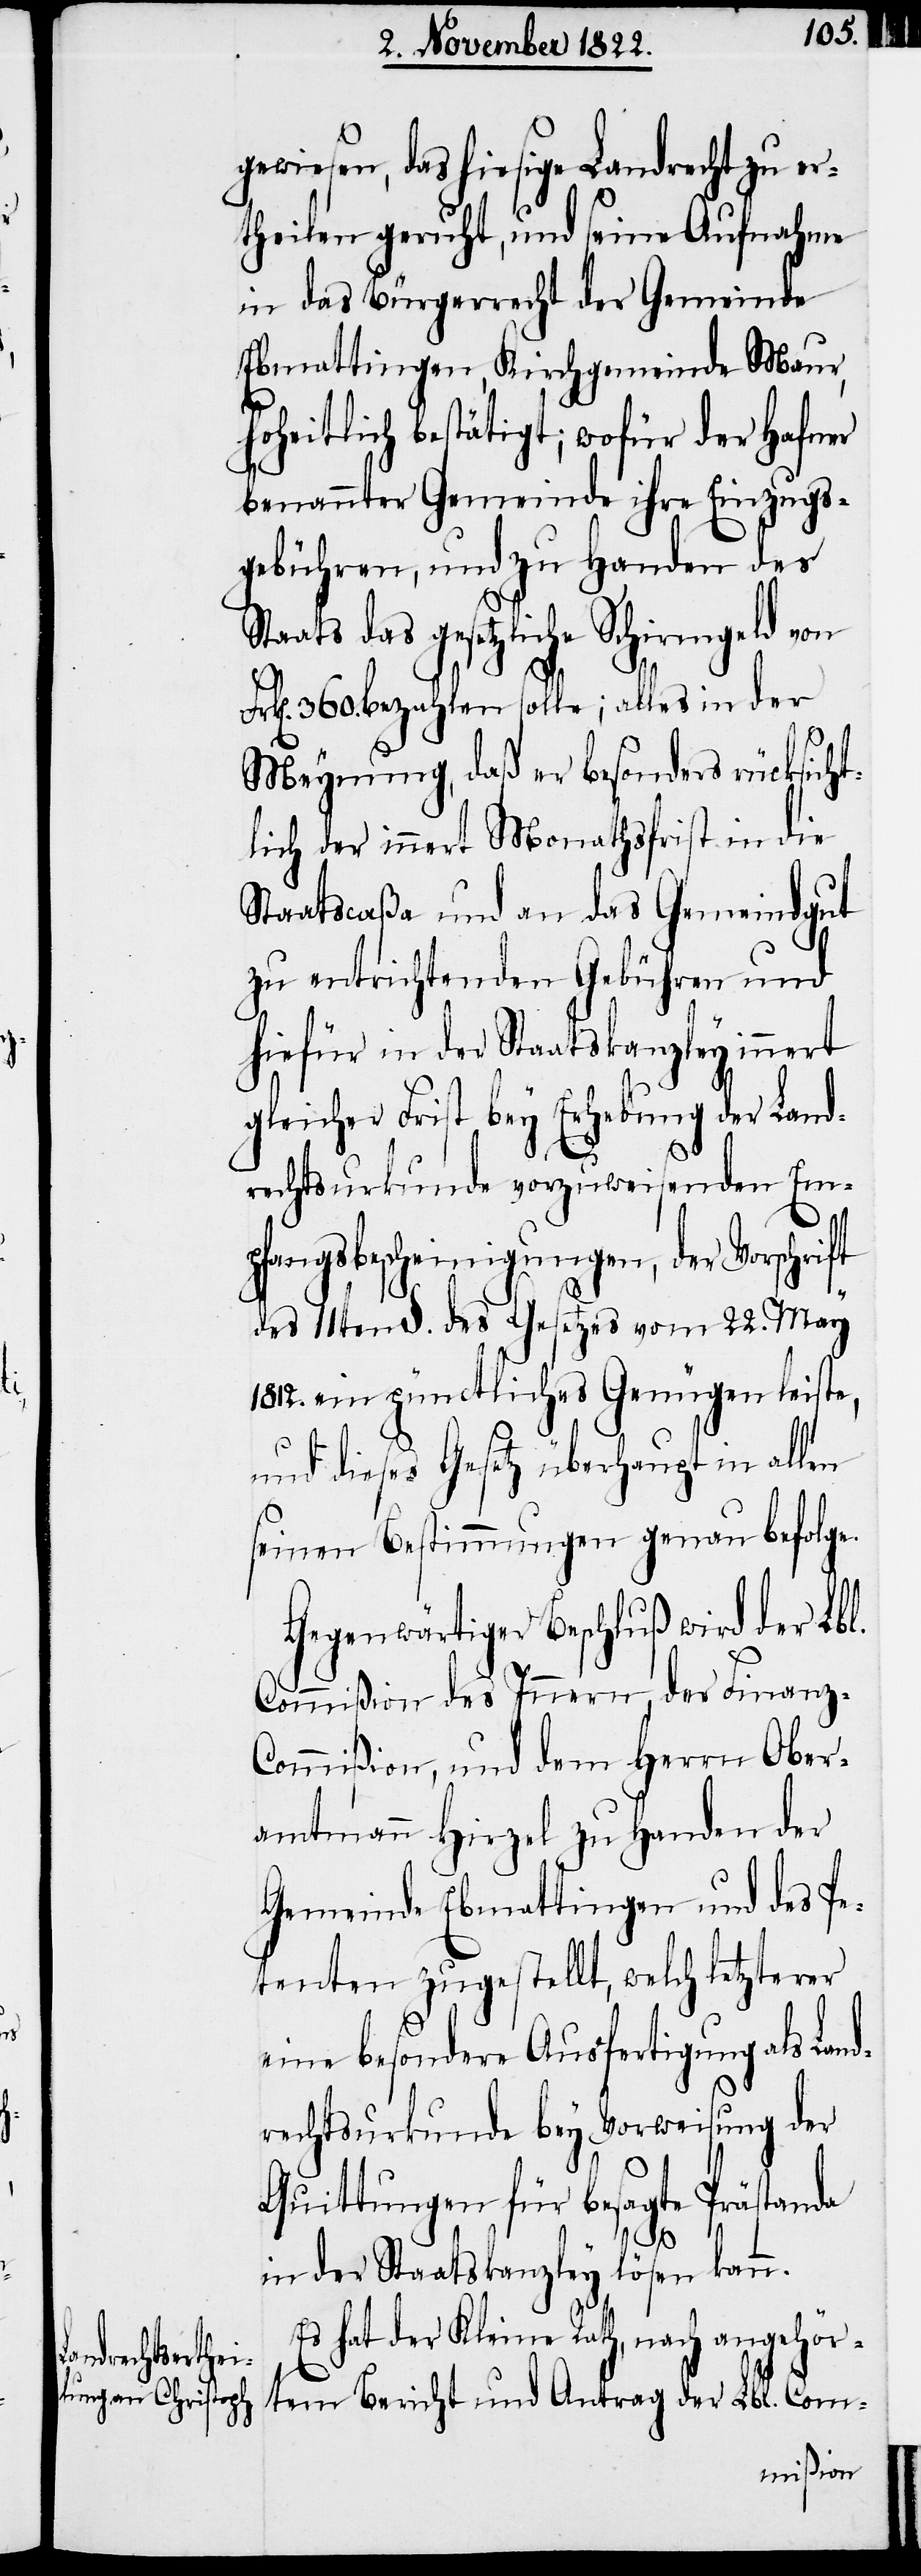
gewiesen, das hiesige Landrecht zu er¬
theilen geruht, und seine Aufnahme
in das Bürgerrecht der Gemeinde
Ebmattingen, Kirchgemeinde Maur,
hoheitlich bestätigt; wofür der Hafner
benannter Gemeinde ihre Einzugs¬
gebühren, und zu Handen des
Staats das gesetzliche Schirmgeld von
k[en]. 360. bezahlen solle; alles in der
Meynung, daß er besonders rücksicht¬
lich der innert Monathsfrist in die
Staatscaßa und an das Gemeindgut
zu entrichtenden Gebühren und
hiefür in der Staatskanzley innert
gleicher Frist bey Erhebung der Land¬
rechtsurkunde vorzuweisenden Emp¬
fangsbescheinigungen, der Vorschrift
des 11ten §. des Gesetzes vom 22. May
1812. ein pünctliches Genügen leiste,
und dieses Gesetz überhaupt in allen
seinen Bestimmungen genau befolge.
Gegenwärtiger Beschluß wird der Lbl.
Commißion des Innern, der Finanz-C¬
ommißion, und dem Herrn Ober¬
amtmann Hirzel zu Handen der
Gemeinde Ebmattingen und des Pe¬
tenten zugestellt, welch letzterer
eine besondere Ausfertigung als Lan¬
drechtsurkunde bey Vorweisung der
Quittungen für besagte Prästanda
Fr¬
in der Staatskanzley lösen kann.
Es hat der Kleine Rath, nach angehör¬
tem Bericht und Antrag der Lbl. Com-